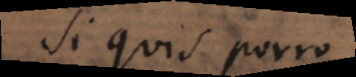
Si quis porro